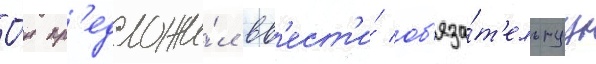
О́н пр'едложи́л вв'ест'и́ об'яза́т'ельнуу